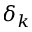
\delta _ { k }